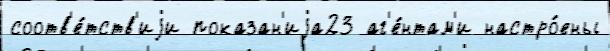
соотв'е́тств'иjи показан'иjа23 аг'е́нтам'и настро́ены